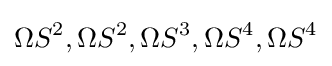
\Omega S^{2},\Omega S^{2},\Omega S^{3},\Omega S^{4},\Omega S^{4}